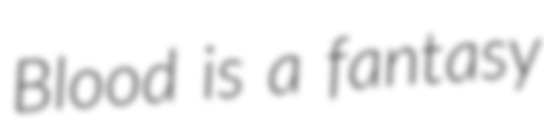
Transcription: Blood is a fantasy